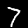
Digit: 7